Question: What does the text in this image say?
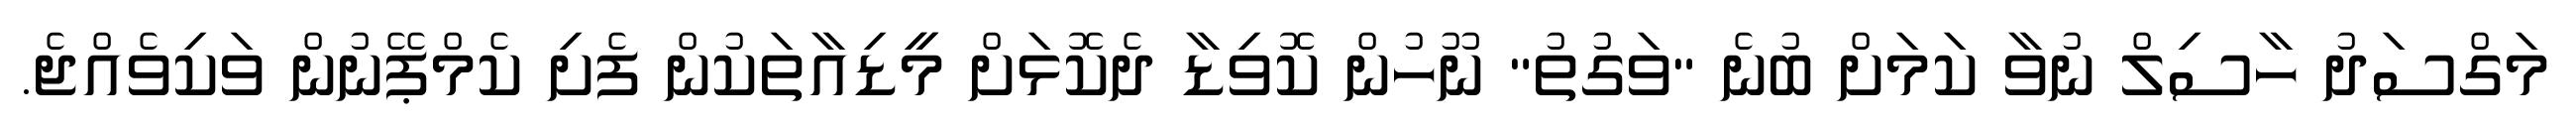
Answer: މަގްސަދު ހާސިލް ނުވާ ކަމަށް ބުނެ "ވަގުތު" ނޫހުން ކޮވިޑާ ދެކޮޅަށް މީީޑިއާތަކުން ފެށި ކެމްޕޭނުން ވަކިވެއްޖެ.